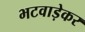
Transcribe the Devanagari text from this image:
भटवाड़ेकर